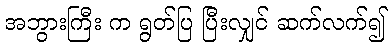
အဘွားကြီး က ရွတ်ပြ ပြီးလျှင် ဆက်လက်၍